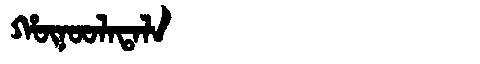
Manchu: ᡥᡡᠨᠣᠣᠯᠠᡨᠠᠯᠠ
Romanization: HŪNOOLATALA